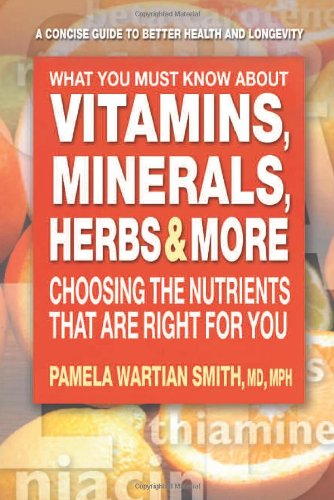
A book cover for What You Must Know About Vitamins, Minerals, Herbs & More: Choosing the Nutrients That Are Right for You; M.D. Pamela Wartian Smith; Health, Fitness & Dieting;